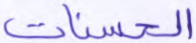
الحسنات